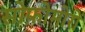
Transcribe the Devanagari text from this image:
सोफ़ोमोरों